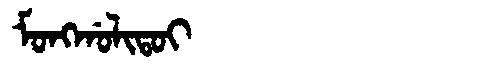
Manchu: ᠮᠣᠩᡤᠣᠯᡳᡨᠣᡳ
Romanization: MONGGOLITOI